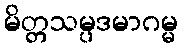
မိတ္တသမ္ပဒမာဂမ္မ